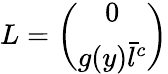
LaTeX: L=\left(\begin{array}{c}{{0}}\\ {{g(y)\bar{l}^{c}}}\end{array}\right)